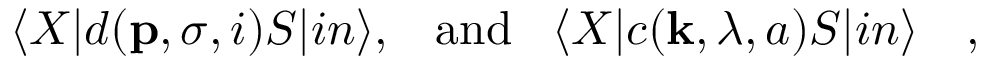
\langle X | d ( { \bf p } , \sigma , i ) S | i n \rangle , \; \; \; \mathrm { a n d } \; \; \; \langle X | c ( { \bf k } , \lambda , a ) S | i n \rangle ~ ~ ~ ,